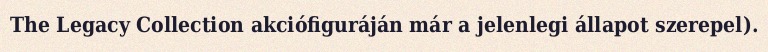
The Legacy Collection akciófiguráján már a jelenlegi állapot szerepel).